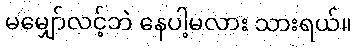
မမျှော်လင့်ဘဲ နေပါ့မလား သားရယ်။